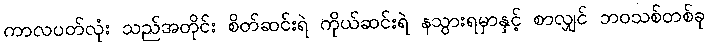
ကာလပတ်လုံး သည်အတိုင်း စိတ်ဆင်းရဲ ကိုယ်ဆင်းရဲ နသွားရမှာနှင့် စာလျှင် ဘဝသစ်တစ်ခု